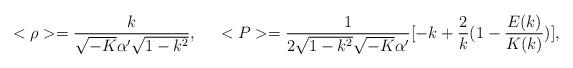
LaTeX: \begin{align*}<\rho>=\frac{k}{\sqrt{-K}\alpha'\sqrt{1-k^2}},\;\;\;\;\;<P>=\frac{1}{2\sqrt{1-k^2}\sqrt{-K}\alpha'}[-k+\frac{2}{k}(1-\frac{E(k)}{K(k)})],\end{align*}